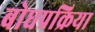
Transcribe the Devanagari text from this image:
बोधप्रक्रिया